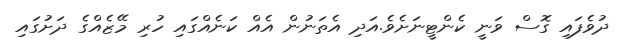
ދުވެފައި ގޮސް ވަނީ ކެންޓީނަށެވެ.އަދި އެތަނުން އެއް ކަނެއްގައި ހުރި މޭޒެއްގެ ދަށުގައި